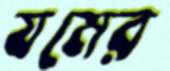
যমের